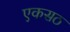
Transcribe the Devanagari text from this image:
एकसठ